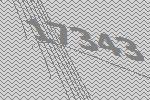
17343